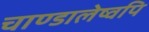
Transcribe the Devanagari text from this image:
चाण्डालेष्वपि